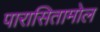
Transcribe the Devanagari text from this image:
पारासितामोल